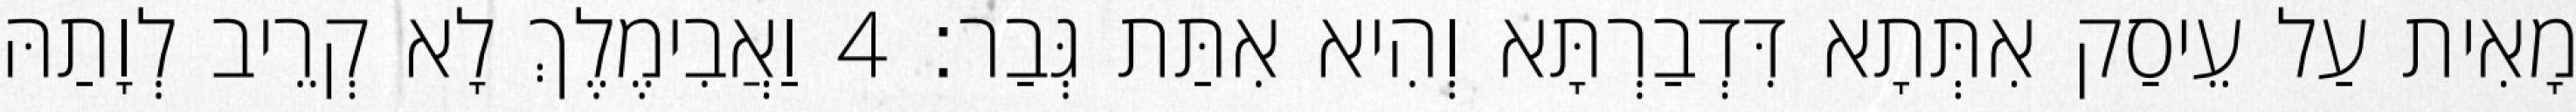
מָאִית עַל עֵיסַק אִתְּתָא דִּדְבַרְתָּא וְהִיא אִתַּת גְּבַר׃ 4 וַאֲבִימֶלֶךְ לָא קְרֵיב לְוָתַהּ